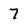
Character: 7